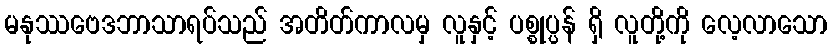
မနုဿဗေဒဘာသာရပ်သည် အတိတ်ကာလမှ လူနှင့် ပစ္စုပ္ပန် ရှိ လူတို့ကို လေ့လာသော